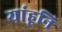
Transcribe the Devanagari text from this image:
यांहूनि